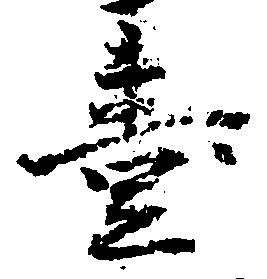
壱